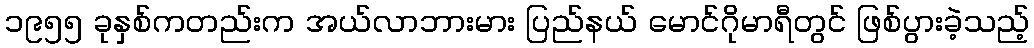
၁၉၅၅ ခုနှစ်ကတည်းက အယ်လာဘားမား ပြည်နယ် မောင်ဂိုမာရီတွင် ဖြစ်ပွားခဲ့သည့်